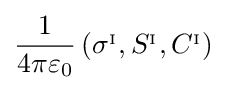
{\frac {1}{4\pi \varepsilon _{0}}}\left(\sigma ^{_{\mathrm {I} }},S^{_{\mathrm {I} }},C^{_{\mathrm {I} }}\right)